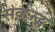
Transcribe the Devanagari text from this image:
सर्व्हन्ट्स